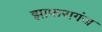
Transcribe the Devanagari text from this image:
झाफरागंज